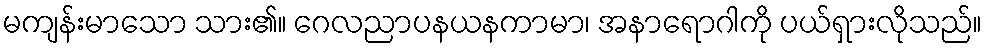
မကျန်းမာသော သား၏။ ဂေလညာပနယနကာမာ၊ အနာရောဂါကို ပယ်ရှားလိုသည်။